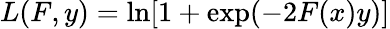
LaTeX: L(F,y)=\ln[1+\exp(-2F(x)y)]